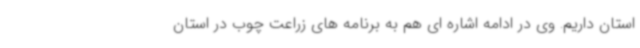
استان داریم. وی در ادامه اشاره ای هم به برنامه های زراعت چوب در استان